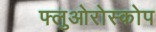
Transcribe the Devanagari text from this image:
फ्लुओरोस्कोप